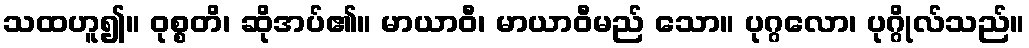
သထဟူ၍။ ဝုစ္စတိ၊ ဆိုအပ်၏။ မာယာဝီ၊ မာယာဝီမည် သော။ ပုဂ္ဂလော၊ ပုဂ္ဂိုလ်သည်။